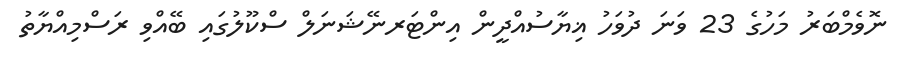
ނޮވެމްބަރު މަހުގެ 23 ވަނަ ދުވަހު ޣިޔާސުއްދީން އިންޓަރނޭޝަނަލް ސްކޫލުގައި ބޭއްވި ރަސްމިއްޔާތު